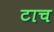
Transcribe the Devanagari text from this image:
टाच